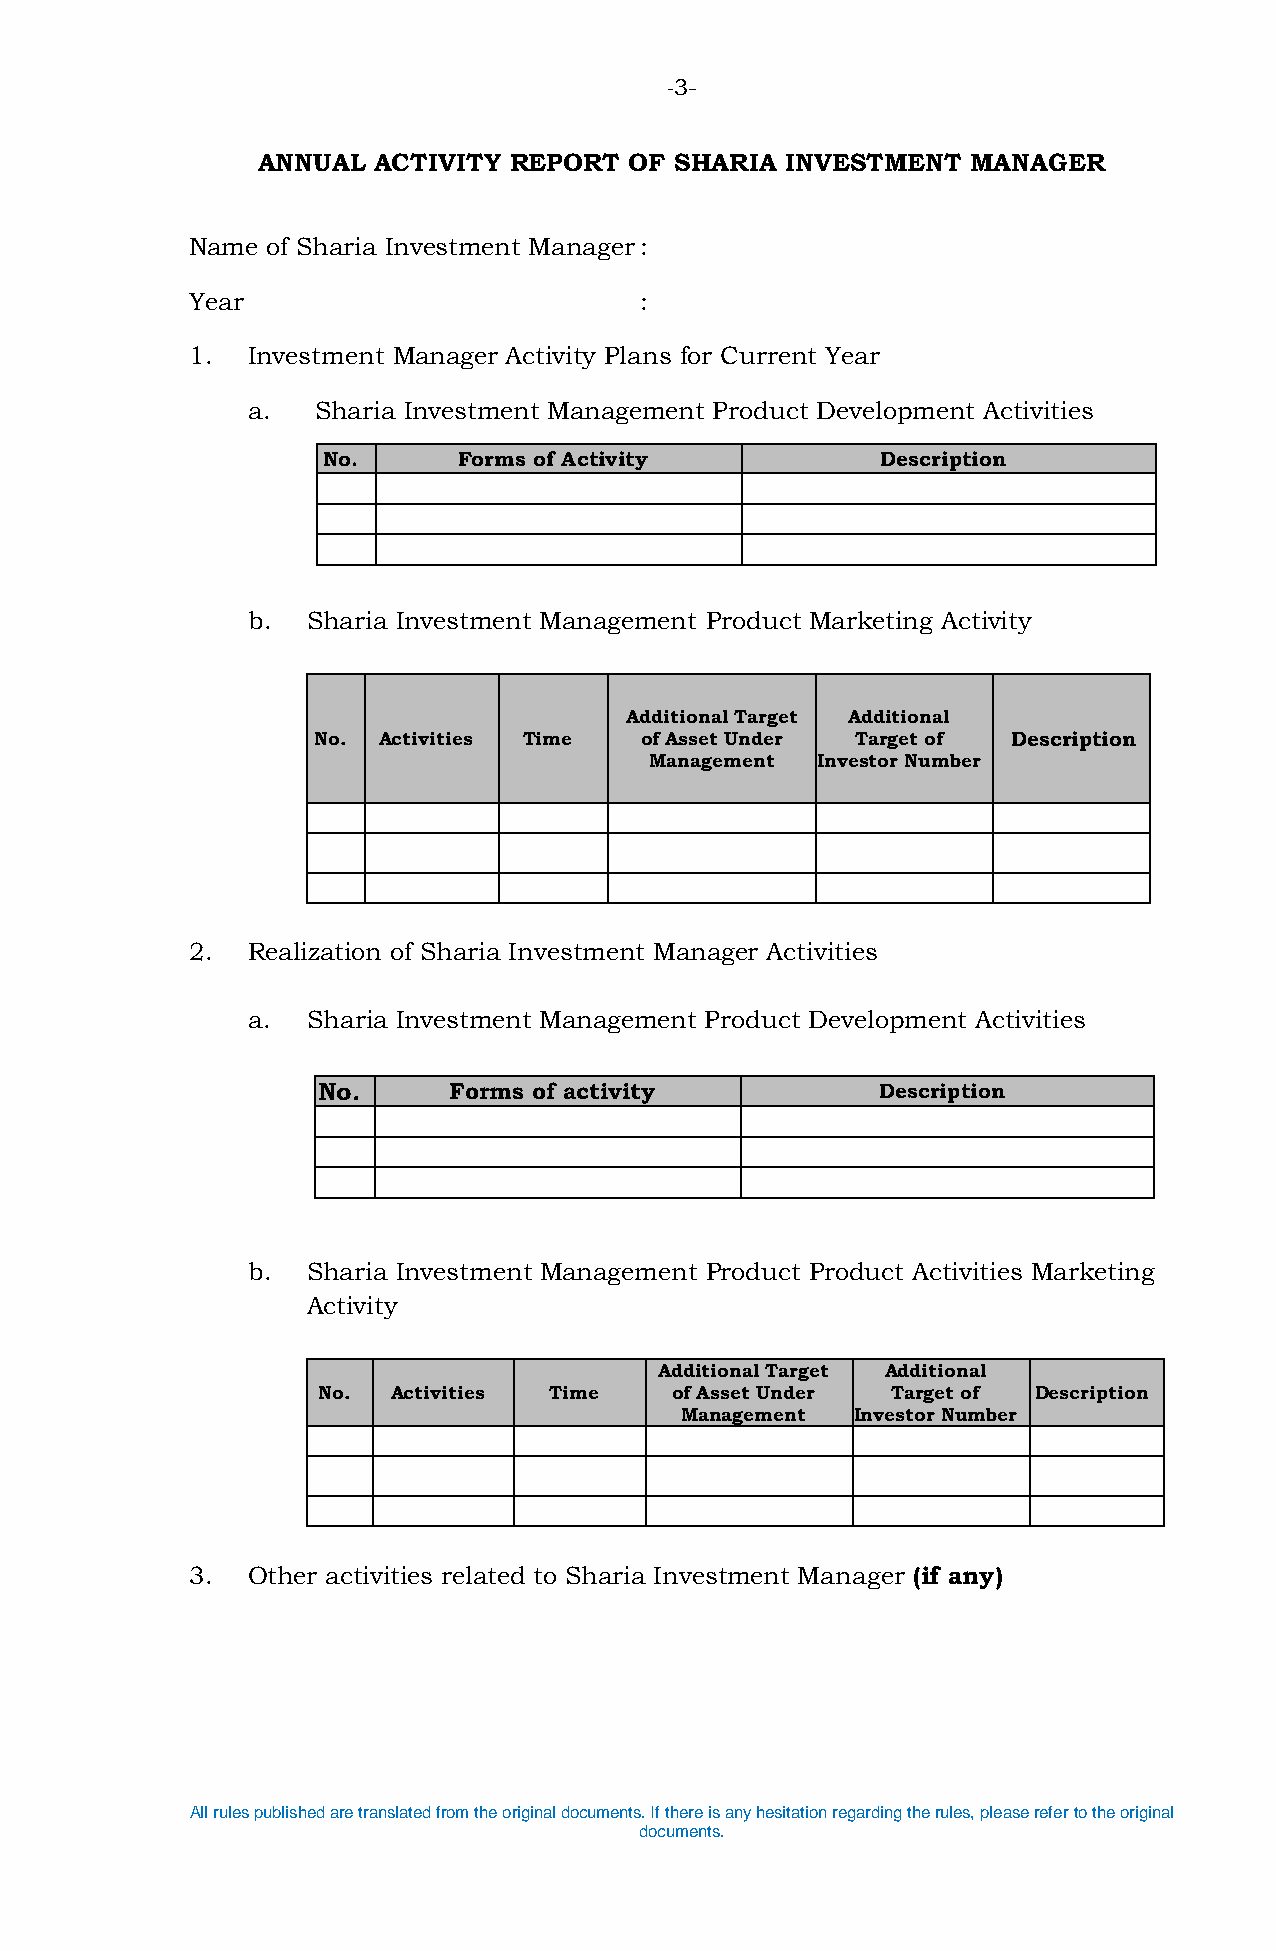
-3-
 ANNUAL  ACTIVITY REPORT  OF SHARIA INVESTMENT  MANAGER
 Name of Sharia Investment Manager :
 Year                         :
 1. Investment Manager Activity Plans for Current Year
 a.   Sharia Investment Management Product Development Activities
 No.      Forms of Activity           Description
 b.  Sharia Investment Management Product Marketing Activity
 Additional Target Additional
 No. Activities Time  of Asset Under Target of Description
 Management Investor Number
 2. Realization of Sharia Investment Manager Activities
 a.  Sharia Investment Management Product Development Activities
 No.      Forms of activity           Description
 b.  Sharia Investment Management Product Product Activities Marketing
 Activity
 Additional Target Additional
 No.  Activities Time   of Asset Under Target of Description
 Management Investor Number
 3. Other activities related to Sharia Investment Manager (if any)
 All rules published are translated from the original documents. If there is any hesitation regarding the rules, please refer to the original
 documents.